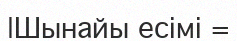
|Шынайы есімі =